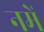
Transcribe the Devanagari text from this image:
नमें